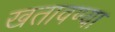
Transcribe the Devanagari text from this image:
खतावण्या